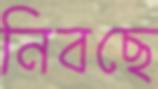
নিবছে